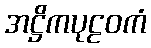
အဋ္ဌိကပုဠဝကံ